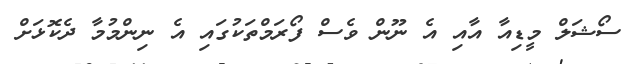
ސޯޝަލް މީޑިއާ އާއި އެ ނޫން ވެސް ފޯރަމްތަކުގައި އެ ނިންމުމާ ދެކޮޅަށް